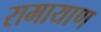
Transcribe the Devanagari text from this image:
रामायाण